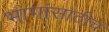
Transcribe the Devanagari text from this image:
भागांसाठीच